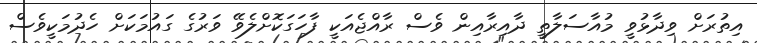
އިތުރަށް ވިދާޅުވީ މުއާސަލާތީ ދާއިރާއިން ވެސް ރާއްޖެއަކީ ފާހަގަކޮށްލެވޭ ވަރުގެ ގައުމަކަށް ހެދުމަކީވެސް